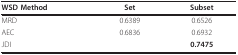
| WSD Method | Set | Subset |
 | --- | --- | --- |
 | MRD | 0.6389 | 0.6526 |
 | AEC | 0.6836 | 0.6932 |
 | JDI |  | 0.7475 |